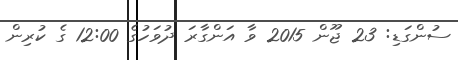
ސުންގަޑި: 23 ޖޫން 2015 ވާ އަންގާރަ ދުވަހުގެ 12:00 ގެ ކުރިން